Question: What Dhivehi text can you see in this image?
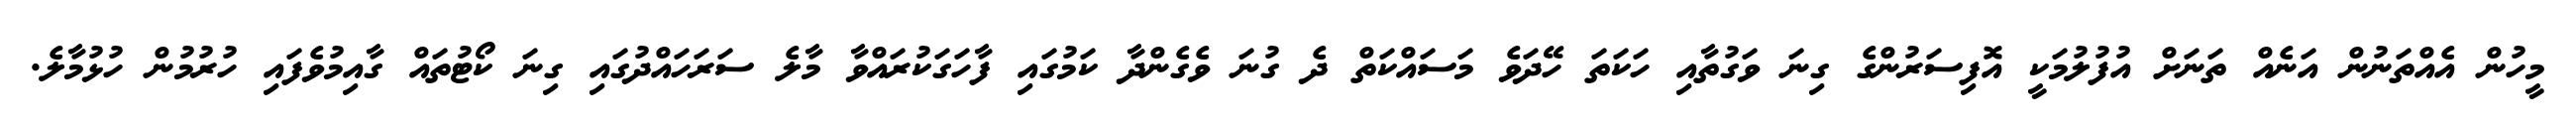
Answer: މީހުން އެއްތަނުން އަނެއް ތަނަށް އުފުލުމަކީ އޮފިސަރުންގެ ގިނަ ވަގުތާއި ހަކަތަ ހޭދަވެ މަސައްކަތް ދެ ގުނަ ވެގެންދާ ކަމުގައި ފާހަގަކުރައްވާ މާލެ ސަރަހައްދުގައި ގިނަ ކޯޓުތައް ގާއިމުވެފައި ހުރުމުން ހުޅުމާލެ.